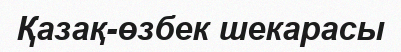
Қазақ-өзбек шекарасы